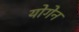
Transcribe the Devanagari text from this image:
योगेन